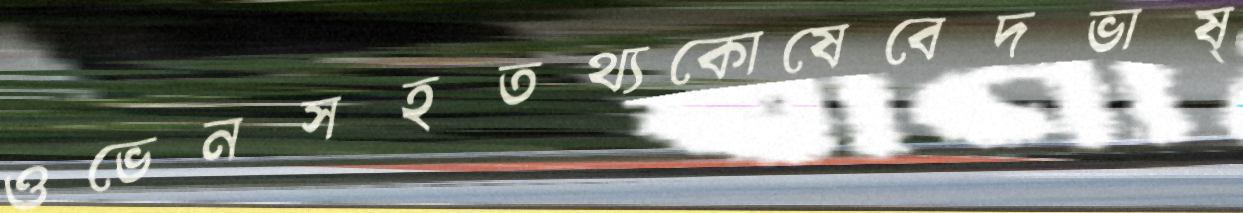
ওভেনসহতথ্যকোষেবেদভাষ্